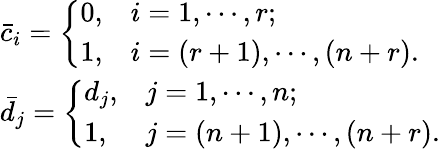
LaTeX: \begin{array}{ll}{\bar{c}_{i}=\left\{ \begin{array}{ll}{0,}&{i=1,\cdots,r;}\\ {1,}&{i=(r+1),\cdots,(n+r).}\end{array}\right.}\\ {\bar{d}_{j}=\left\{ \begin{array}{ll}{d_{j},}&{j=1,\cdots,n;}\\ {1,}&{j=(n+1),\cdots,(n+r).}\end{array}\right.}\end{array}